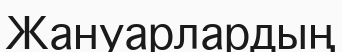
Жануарлардың